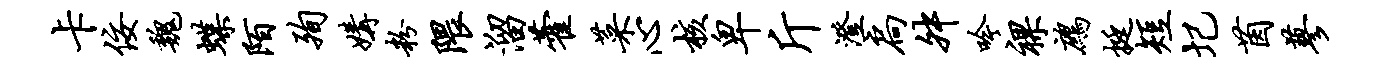
卡佞魏蝶陌殉媾粉隈溜藿菜心核卑斤澄扃舛吟裸鹧挺短圮茵蓼